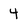
Character: 4